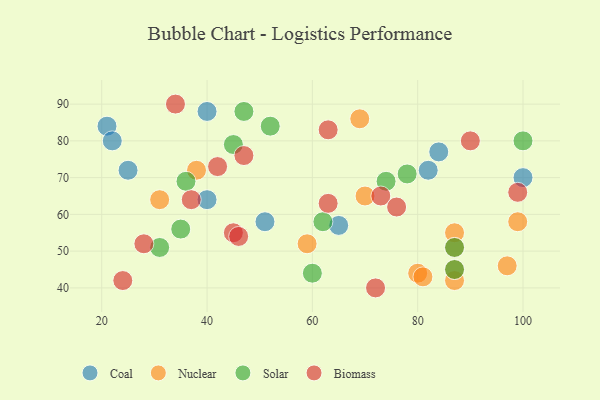
{"axis": {"x": "GDP", "y": "Life Expectancy"}, "legend": ["Biomass", "Coal", "Nuclear", "Solar"], "data": [{"x": "21", "y": 84, "type": "Coal"}, {"x": "84", "y": 77, "type": "Coal"}, {"x": "25", "y": 72, "type": "Coal"}, {"x": "40", "y": 88, "type": "Coal"}, {"x": "51", "y": 58, "type": "Coal"}, {"x": "40", "y": 64, "type": "Coal"}, {"x": "82", "y": 72, "type": "Coal"}, {"x": "65", "y": 57, "type": "Coal"}, {"x": "22", "y": 80, "type": "Coal"}, {"x": "100", "y": 70, "type": "Coal"}, {"x": "87", "y": 55, "type": "Nuclear"}, {"x": "80", "y": 44, "type": "Nuclear"}, {"x": "69", "y": 86, "type": "Nuclear"}, {"x": "70", "y": 65, "type": "Nuclear"}, {"x": "59", "y": 52, "type": "Nuclear"}, {"x": "81", "y": 43, "type": "Nuclear"}, {"x": "97", "y": 46, "type": "Nuclear"}, {"x": "99", "y": 58, "type": "Nuclear"}, {"x": "38", "y": 72, "type": "Nuclear"}, {"x": "87", "y": 42, "type": "Nuclear"}, {"x": "31", "y": 64, "type": "Nuclear"}, {"x": "87", "y": 51, "type": "Nuclear"}, {"x": "87", "y": 45, "type": "Nuclear"}, {"x": "74", "y": 69, "type": "Solar"}, {"x": "36", "y": 69, "type": "Solar"}, {"x": "60", "y": 44, "type": "Solar"}, {"x": "47", "y": 88, "type": "Solar"}, {"x": "31", "y": 51, "type": "Solar"}, {"x": "35", "y": 56, "type": "Solar"}, {"x": "100", "y": 80, "type": "Solar"}, {"x": "87", "y": 45, "type": "Solar"}, {"x": "62", "y": 58, "type": "Solar"}, {"x": "87", "y": 51, "type": "Solar"}, {"x": "52", "y": 84, "type": "Solar"}, {"x": "45", "y": 79, "type": "Solar"}, {"x": "78", "y": 71, "type": "Solar"}, {"x": "28", "y": 52, "type": "Biomass"}, {"x": "37", "y": 64, "type": "Biomass"}, {"x": "63", "y": 63, "type": "Biomass"}, {"x": "99", "y": 66, "type": "Biomass"}, {"x": "73", "y": 65, "type": "Biomass"}, {"x": "45", "y": 55, "type": "Biomass"}, {"x": "47", "y": 76, "type": "Biomass"}, {"x": "42", "y": 73, "type": "Biomass"}, {"x": "90", "y": 80, "type": "Biomass"}, {"x": "76", "y": 62, "type": "Biomass"}, {"x": "34", "y": 90, "type": "Biomass"}, {"x": "63", "y": 83, "type": "Biomass"}, {"x": "24", "y": 42, "type": "Biomass"}, {"x": "46", "y": 54, "type": "Biomass"}, {"x": "72", "y": 40, "type": "Biomass"}]}